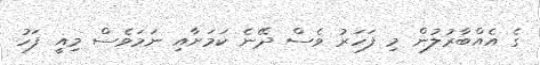
ގެ އެއްބާރުލުން މި ފަހަރު ވެސް ދޭނެ ކަމަށާއި ނަމަވެސް މިއީ ފަހު